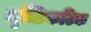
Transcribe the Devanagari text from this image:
मृच्छिकटिक